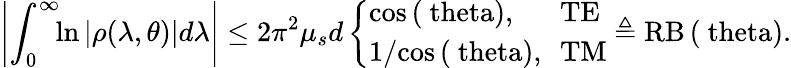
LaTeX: \left|\int_{0}^{\infty}\! \! \ln\left|\rho(\lambda,\theta)\right|\! \, d\lambda\right|\leq 2\pi^{2}\mu_{s}d\left\{ \begin{array}{ll}{\mathrm{{cos}\left(\ theta\right),}}&{\! \! \mathrm{{TE}}}\\ {1/\mathrm{{cos}\left(\ theta\right),}}&{\! \! \mathrm{{TM}}}\end{array}\right.\triangleq\mathrm{{RB}\left(\ theta\right).}